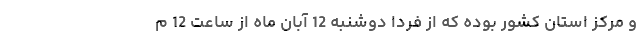
و مرکز استان کشور بوده که از فردا دوشنبه 12 آبان ماه از ساعت 12 م